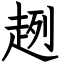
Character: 趔